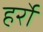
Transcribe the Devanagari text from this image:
हर्रो